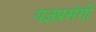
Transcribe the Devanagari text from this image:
यज्ञप्रसंगी